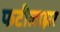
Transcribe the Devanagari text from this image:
फटीलाझर